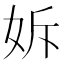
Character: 𡛴